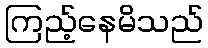
ကြည့်နေမိသည်